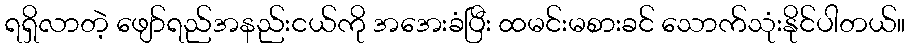
ရရှိလာတဲ့ ဖျော်ရည်အနည်းငယ်ကို အအေးခံပြီး ထမင်းမစားခင် သောက်သုံးနိုင်ပါတယ်။